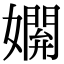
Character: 𡢸